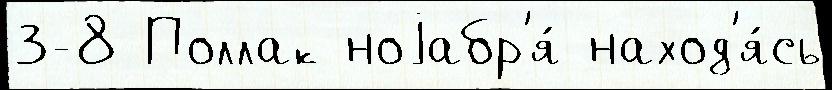
3-8 Поллак ноjабр'я́ наход'я́сь